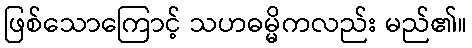
ဖြစ်သောကြောင့် သဟဓမ္မိကလည်း မည်၏။